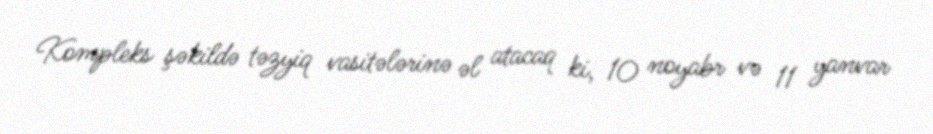
Kompleks şəkildə təzyiq vasitələrinə əl atacaq ki, 10 noyabr və 11 yanvar